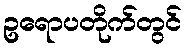
ဥရောပတိုက်တွင်